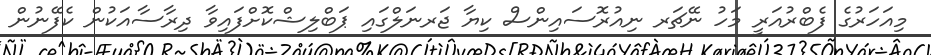
މިއަހަރުގެ ފެބްރުއަރީ މަހު ނޭޗަރ ނިއުރޮސައިންސް ކިޔާ ޖަރނަލްގައި ޕަބްލިޝްކޮށްފައިވާ ދިރާސާއަކުން ކެފޭނުން